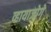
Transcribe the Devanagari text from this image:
व्हायाजोगे